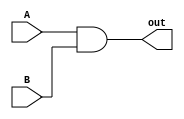
`timescale 1ns / 1ps

module AndGatePCSrc
(
    input A, B,
    output reg out
);
    initial out <= 0;
//    and(out, A, B);
    always @ (*) out <= A & B;
    
endmodule